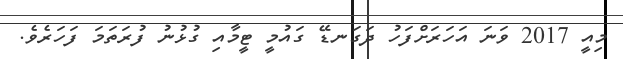
މިއީ 2017 ވަނަ އަހަރަށްފަހު ދަގަނޑޭ ގައުމީ ޓީމާއި ގުޅުނު ފުރަތަމަ ފަހަރެވެ.